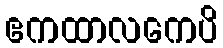
ဧကထာလကေပိ